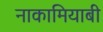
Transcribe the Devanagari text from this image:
नाकामियाबी